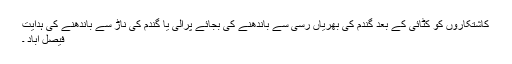
کاشتکاروں کو کٹائی کے بعد گندم کی بھریاں رسی سے باندھنے کی بجائے پرالی یا گندم کی ناڑ سے باندھنے کی ہدایت
فیصل آباد ۔